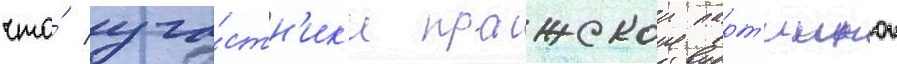
что́ уча́стн'ик'и пражскои парт'иинои